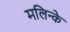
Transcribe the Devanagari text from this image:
मलिन्के